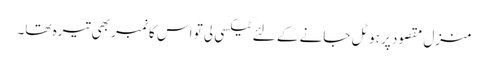
منزل مقصود پر ہوٹل جانے کے لئے ٹیکسی لی تو اس کا نمبر بھی تیرہ تھا۔